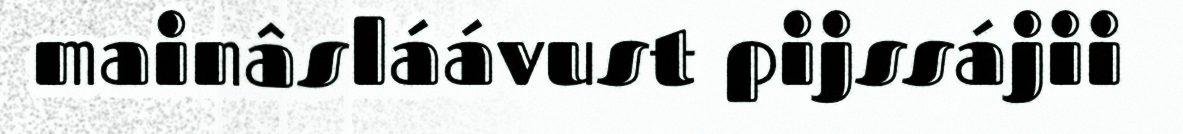
mainâsláávust pijssájii